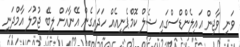
ވަނީ ވާޖިން އައިލެންޑްސްގައި ޝެލް ކޮމްޕެނީއެއް ހަދައިގެން އޭނާއަށް ލިބޭ ޖުމުލަ އާމްދަނީ